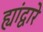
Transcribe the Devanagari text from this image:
ह्यांद्वारे